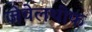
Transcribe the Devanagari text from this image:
जेवेलथीफ